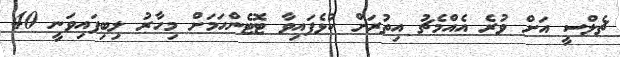
ޗެލްސީ އަށް ވުރެ އެއްމެޗު އިތުރަށް ކުޅެފައިވާ ޓޮޓެންހަމަށް މިހާރު ލިބިފައިވަނީ 40